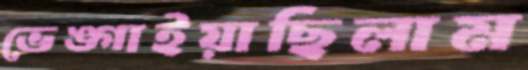
ভেঙ্গাইয়াছিলাম